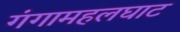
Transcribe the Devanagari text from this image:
गंगामहलघाट